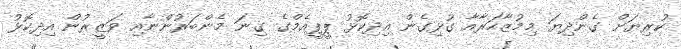
ކުރިޔަށް ގެންދިޔަ މިމުޒާހަރާއާ ގުޅިގެން އިދިކޮޅު ޕީޕީއެމްގެ ގިނަ މެންބަރުންނާއި ވަޒީރުން އިދިކޮޅު